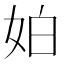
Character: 𡛳